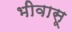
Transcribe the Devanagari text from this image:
भीवासू